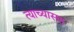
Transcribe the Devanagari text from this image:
त्याच्यासह